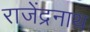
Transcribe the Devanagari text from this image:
राजेंद्रनाथ